Ranna_vallavalitsus, lk 8
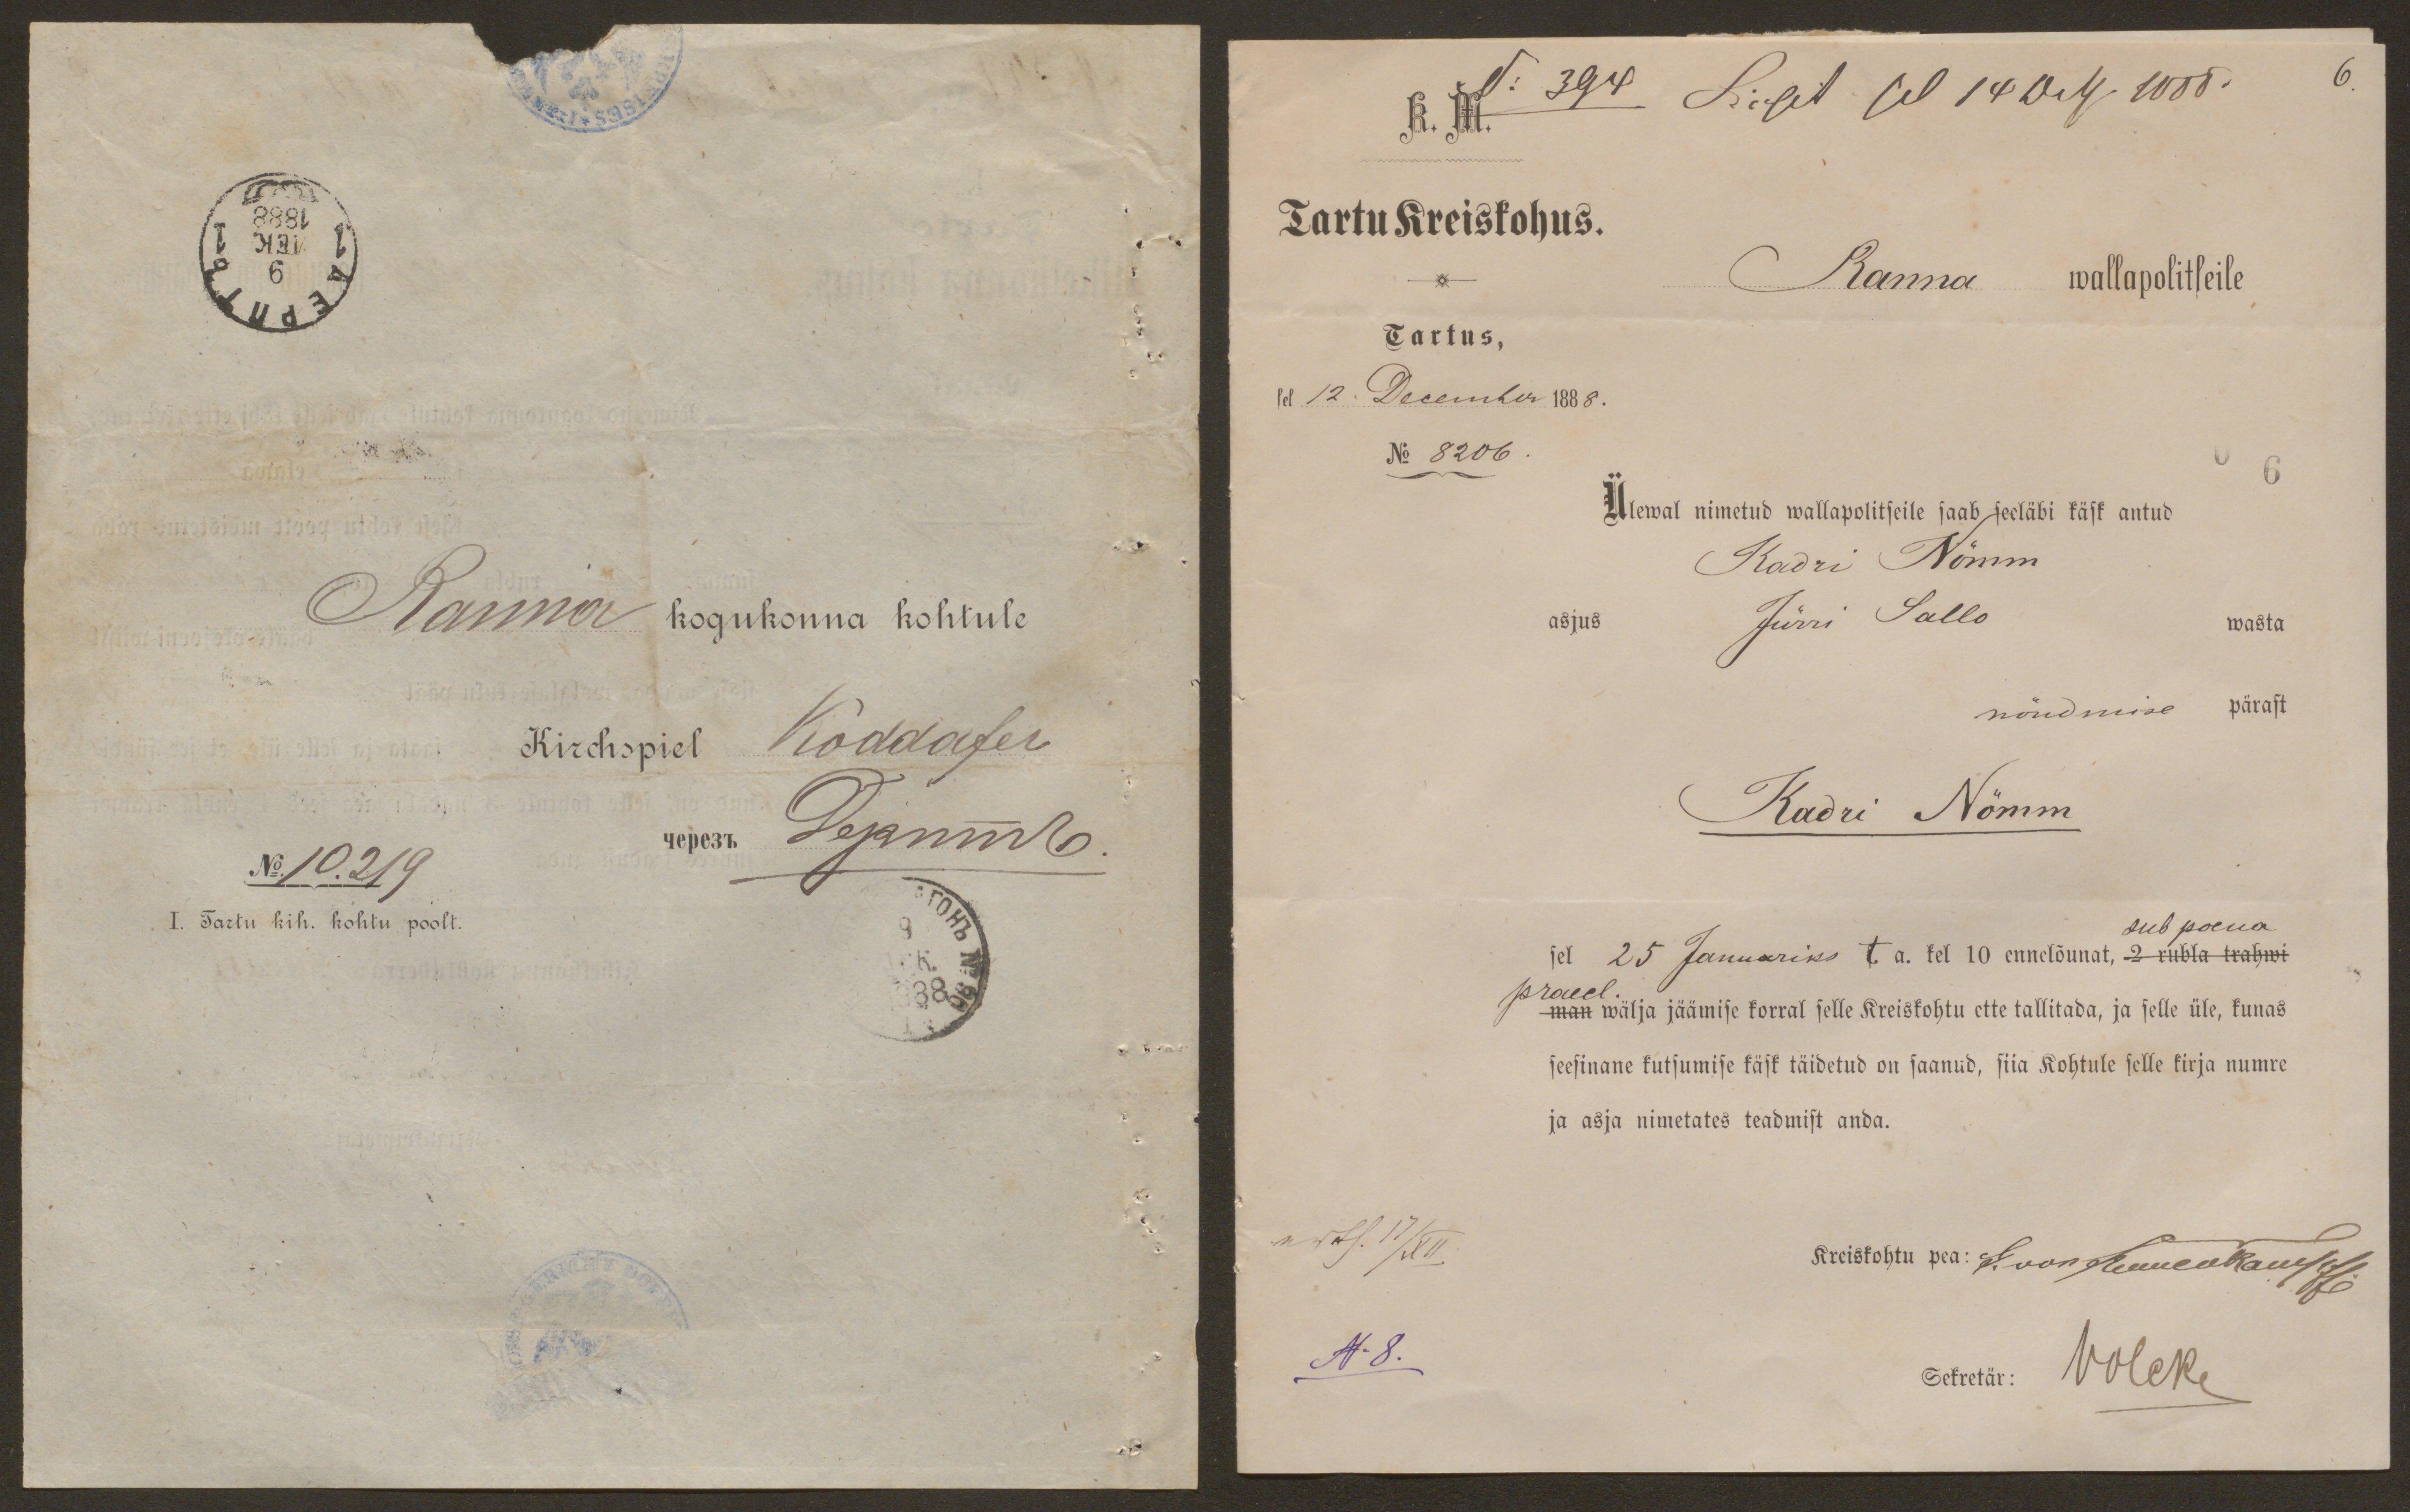
Ranna kogukonna kohtule
Kirchspiel Koddafer
No: 10.219
I. Tartu kih. kohtu poolt.

K. M.
Tartu Kreiskohus.
Ranna wallapolitseile
Tartus,
sel 12 December 1888.
No 8206
Ülewal nimetud wallapolitseile saab seeläbi käsk antud
Kadri Nõmm
asjus
Jürri Sallo
wasta
nõudmise pärast
Kadri Nõmm
sub poena
sel 25 Januariks t.a. kel 10 ennelõunat, 2 rubla trahwi
praecl.
man wälja jäämise korral selle Kreiskohtu ette tallitada, ja selle üle, kunas
seesinane kutsumise käsk täidetud on saanud, siia Kohtule selle kirja numre
ja asja nimetates teadmist anda.
Kreiskohtu pea: J. von Rennenkampff
N:8.
Sekretär:
Volcke